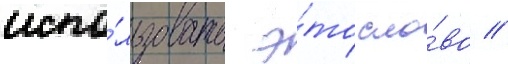
испо́льзовать э́то сло́во //